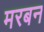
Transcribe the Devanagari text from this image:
मरबन